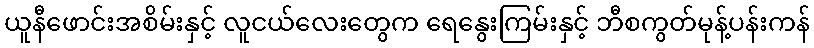
ယူနီဖောင်းအစိမ်းနှင့် လူငယ်လေးတွေက ရေနွေးကြမ်းနှင့် ဘီစကွတ်မုန့်ပန်းကန်